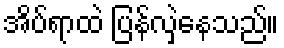
အိပ်ရာထဲ ပြန်လှဲနေသည်။